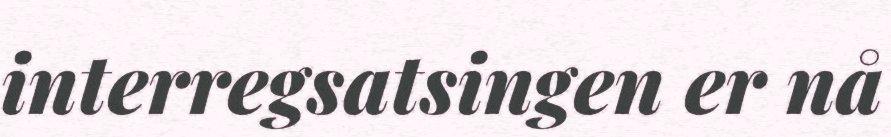
interregsatsingen er nå